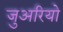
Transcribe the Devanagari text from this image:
जुअरियो